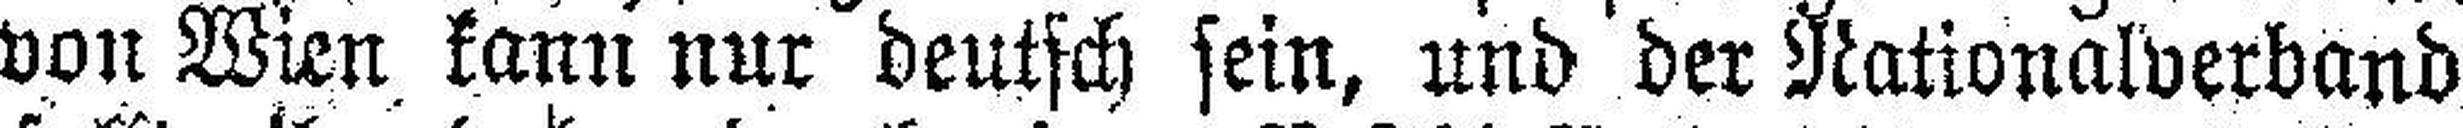
von Wien kann nur deutsch sein, und der Nationalverband